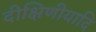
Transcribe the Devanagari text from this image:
दीक्षिणीयादि